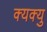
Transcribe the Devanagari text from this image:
क्यक्यु